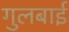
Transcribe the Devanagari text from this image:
गुलबाई